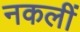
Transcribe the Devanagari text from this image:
नकलीं